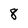
Character: 8